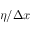
\eta / \Delta x